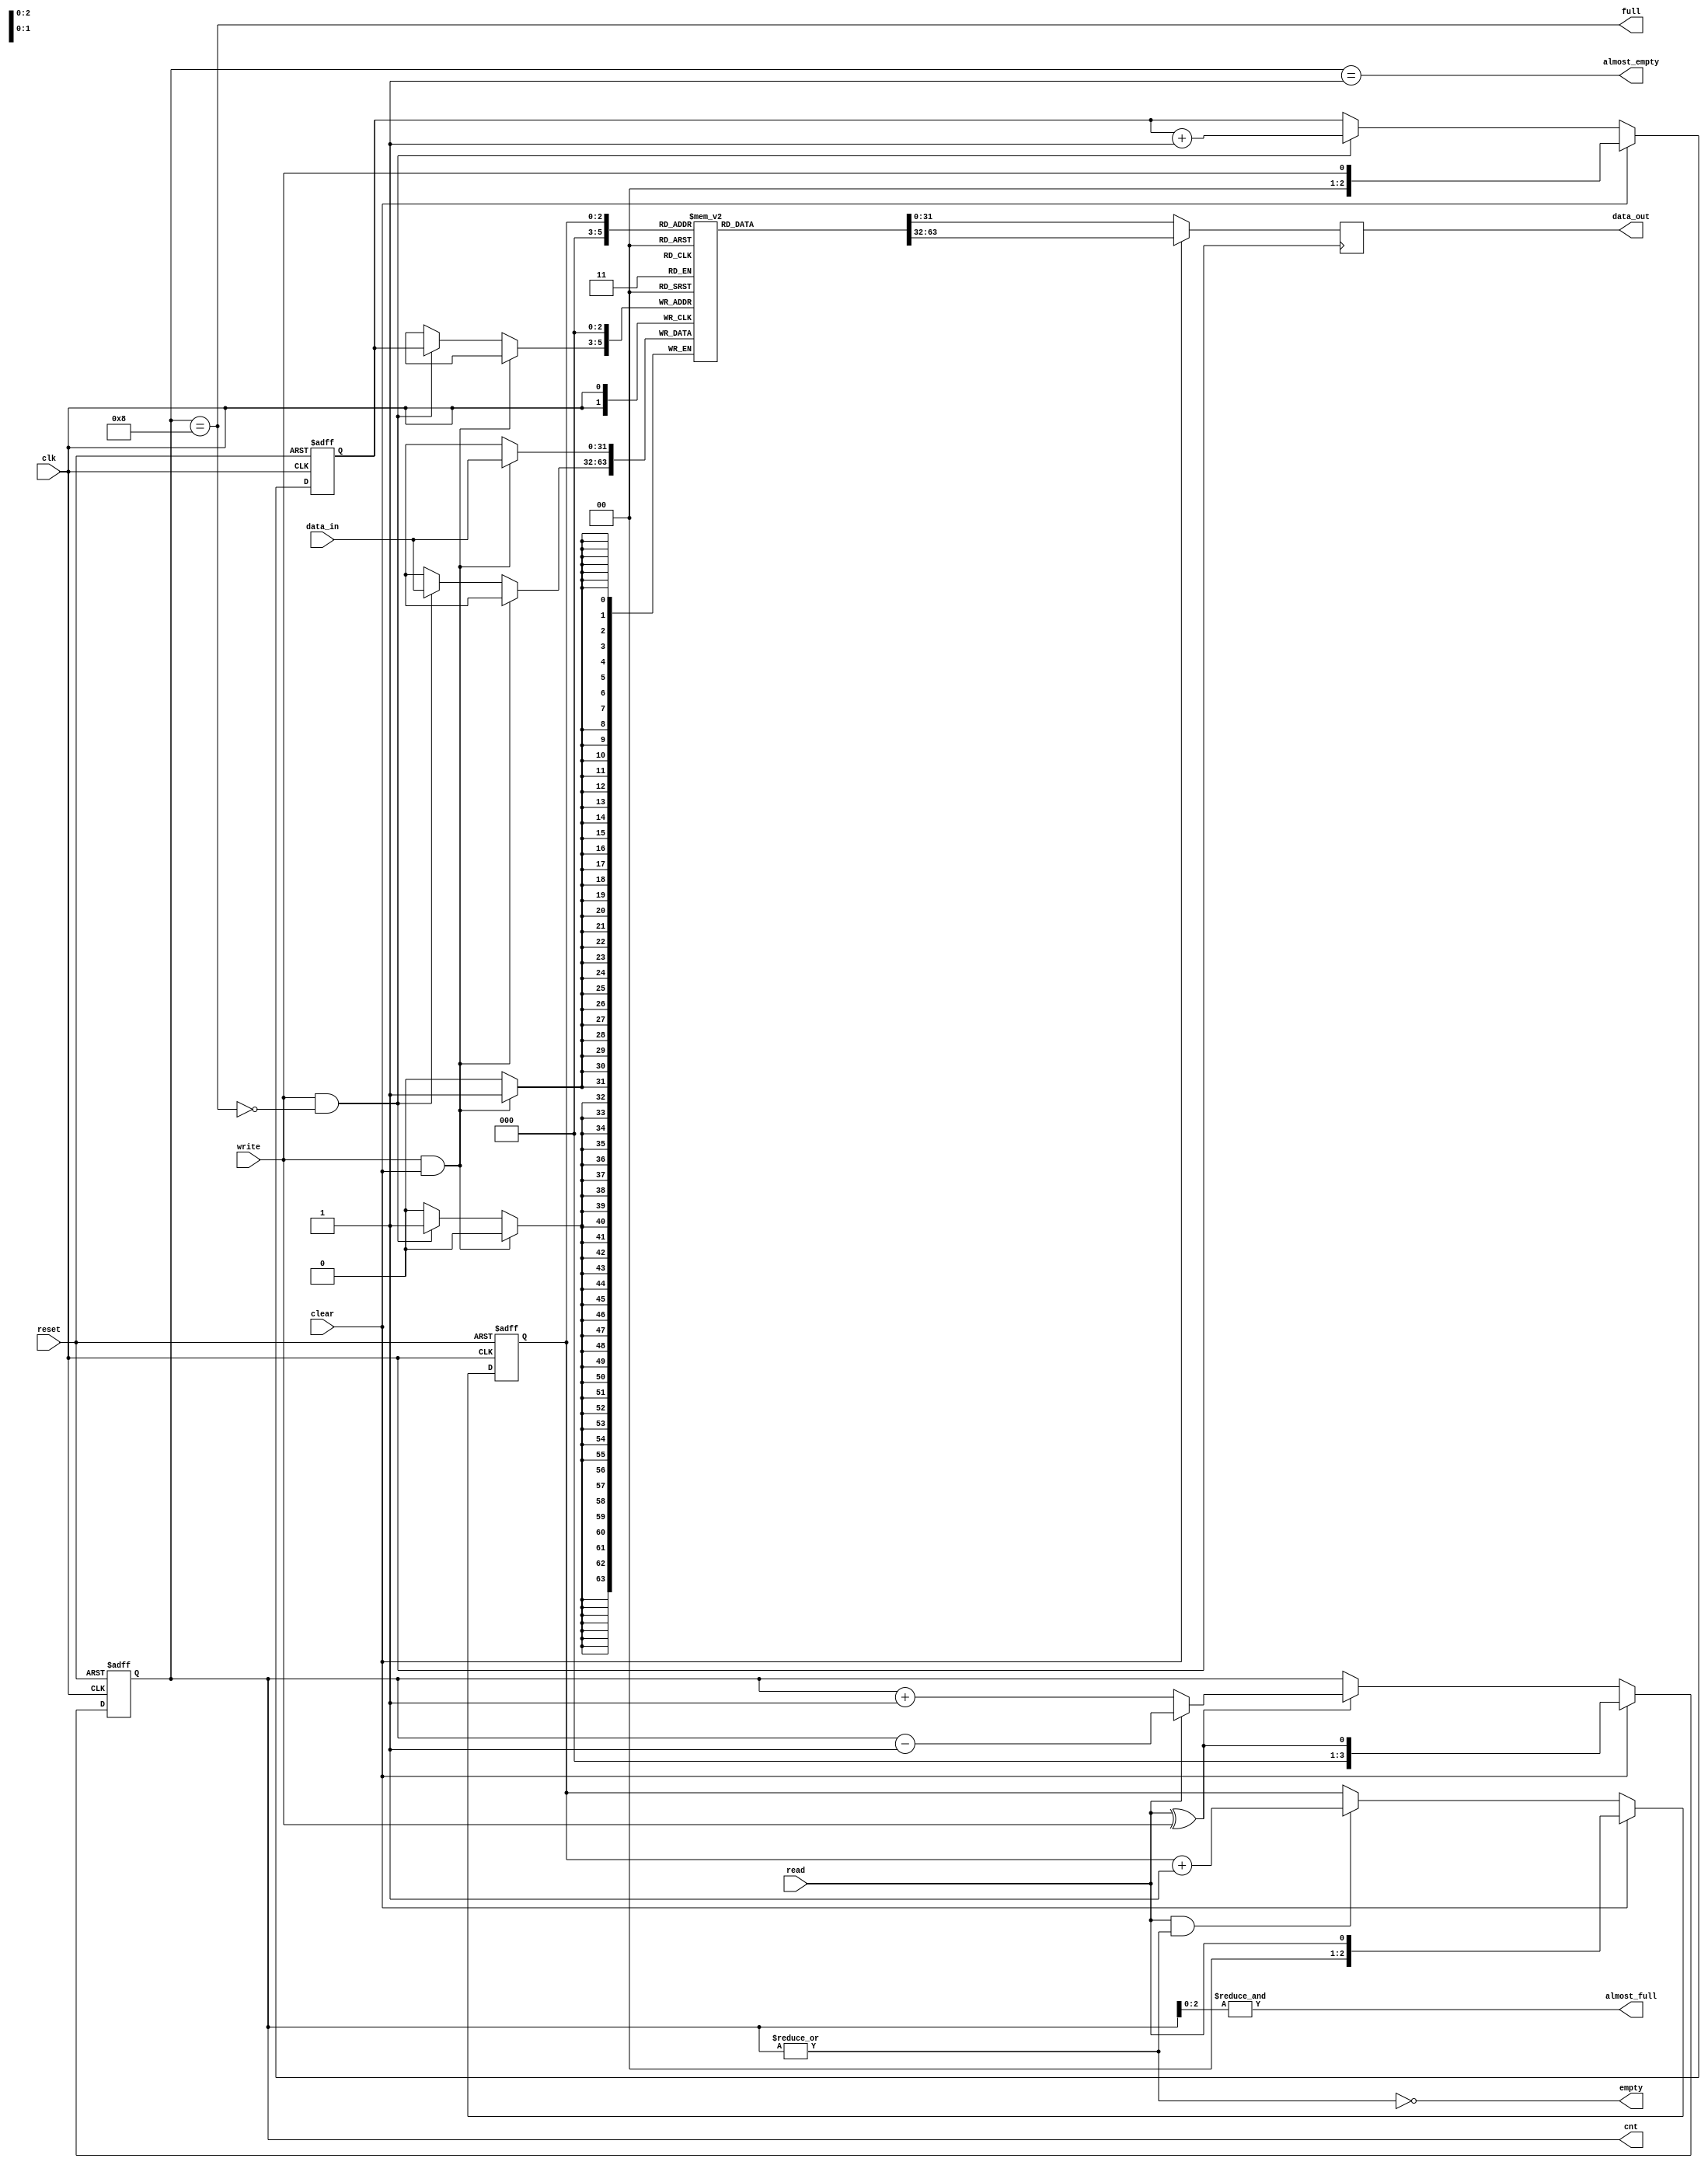
module eth_fifo (data_in, data_out, clk, reset, write, read, clear, almost_full, full, almost_empty, empty, cnt);

parameter DATA_WIDTH    = 32;
parameter DEPTH         = 8;
parameter CNT_WIDTH     = 4;

parameter Tp            = 1;

input                     clk;
input                     reset;
input                     write;
input                     read;
input                     clear;
input   [DATA_WIDTH-1:0]  data_in;

output  [DATA_WIDTH-1:0]  data_out;
output                    almost_full;
output                    full;
output                    almost_empty;
output                    empty;
output  [CNT_WIDTH-1:0]   cnt;

`ifdef ETH_FIFO_XILINX
`else
  `ifdef ETH_ALTERA_ALTSYNCRAM
  `else
    reg     [DATA_WIDTH-1:0]  fifo  [0:DEPTH-1];
    reg     [DATA_WIDTH-1:0]  data_out;
  `endif
`endif

reg     [CNT_WIDTH-1:0]   cnt;
reg     [CNT_WIDTH-2:0]   read_pointer;
reg     [CNT_WIDTH-2:0]   write_pointer;


always @ (posedge clk or posedge reset)
begin
  if(reset)
    cnt <=#Tp 0;
  else
  if(clear)
    cnt <=#Tp { {(CNT_WIDTH-1){1'b0}}, read^write};
  else
  if(read ^ write)
    if(read)
      cnt <=#Tp cnt - 1'b1;
    else
      cnt <=#Tp cnt + 1'b1;
end

always @ (posedge clk or posedge reset)
begin
  if(reset)
    read_pointer <=#Tp 0;
  else
  if(clear)
    read_pointer <=#Tp { {(CNT_WIDTH-2){1'b0}}, read};
  else
  if(read & ~empty)
    read_pointer <=#Tp read_pointer + 1'b1;
end

always @ (posedge clk or posedge reset)
begin
  if(reset)
    write_pointer <=#Tp 0;
  else
  if(clear)
    write_pointer <=#Tp { {(CNT_WIDTH-2){1'b0}}, write};
  else
  if(write & ~full)
    write_pointer <=#Tp write_pointer + 1'b1;
end

assign empty = ~(|cnt);
assign almost_empty = cnt == 1;
assign full  = cnt == DEPTH;
assign almost_full  = &cnt[CNT_WIDTH-2:0];



`ifdef ETH_FIFO_XILINX
  xilinx_dist_ram_16x32 fifo
  ( .data_out(data_out), 
    .we(write & ~full),
    .data_in(data_in),
    .read_address( clear ? {CNT_WIDTH-1{1'b0}} : read_pointer),
    .write_address(clear ? {CNT_WIDTH-1{1'b0}} : write_pointer),
    .wclk(clk)
  );
`else   // !ETH_FIFO_XILINX
`ifdef ETH_ALTERA_ALTSYNCRAM
  altera_dpram_16x32	altera_dpram_16x32_inst
  (
  	.data             (data_in),
  	.wren             (write & ~full),
  	.wraddress        (clear ? {CNT_WIDTH-1{1'b0}} : write_pointer),
  	.rdaddress        (clear ? {CNT_WIDTH-1{1'b0}} : read_pointer ),
  	.clock            (clk),
  	.q                (data_out)
  );  //exemplar attribute altera_dpram_16x32_inst NOOPT TRUE
`else   // !ETH_ALTERA_ALTSYNCRAM
  always @ (posedge clk)
  begin
    if(write & clear)
      fifo[0] <=#Tp data_in;
    else
   if(write & ~full)
      fifo[write_pointer] <=#Tp data_in;
  end
  

  always @ (posedge clk)
  begin
    if(clear)
      data_out <=#Tp fifo[0];
    else
      data_out <=#Tp fifo[read_pointer];
  end
`endif  // !ETH_ALTERA_ALTSYNCRAM
`endif  // !ETH_FIFO_XILINX


endmodule